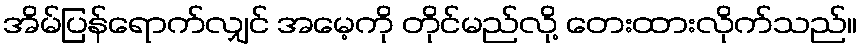
အိမ်ပြန်ရောက်လျှင် အမေ့ကို တိုင်မည်လို့ တေးထားလိုက်သည်။